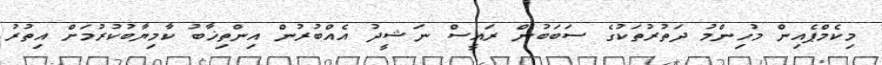
މިކެމްޕެއިން މުހިންމު ދަތުރުތަކުގެ ސަބަބުން ރައީސް ނަޝީދު އެއްބުރުން އިންތިޚާބު ކާމިޔާބުކުރުމަށް އިތުރު